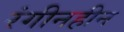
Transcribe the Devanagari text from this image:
रंगीनहीन